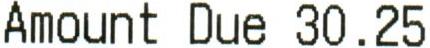
AMOUNT DUE 30.25